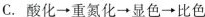
C.酸化\rightarrow化重氮\rightarrow化显色\rightarrow比色